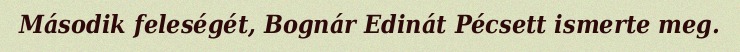
Második feleségét, Bognár Edinát Pécsett ismerte meg.